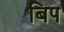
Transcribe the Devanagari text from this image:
बिप